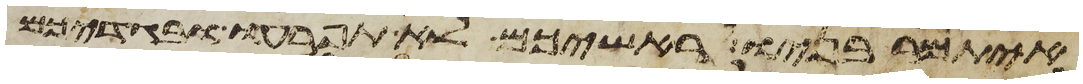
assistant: איתמר בניו ראשיכם לא תפרעו ובגדיכם